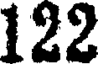
122